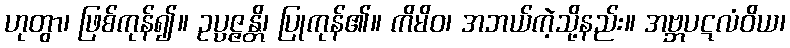
ဟုတွာ၊ ဖြစ်ကုန်၍။ ဥပ္ပဇ္ဇန္တိ၊ ပြုကုန်၏။ ကိမိဝ၊ အဘယ်ကဲ့သို့နည်း။ အဗ္ဘပဋလံဝိယ၊